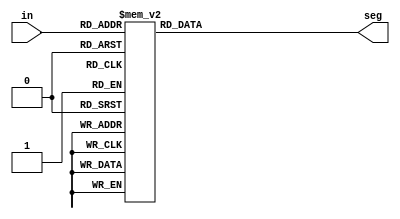
`timescale 1ns / 1ps
//////////////////////////////////////////////////////////////////////////////////
// Company: 
// Engineer: 
// 
// Design Name: 
// Module Name: Seven_Segment
// Project Name: 
// Target Devices: 
// Tool Versions: 
// Description: 
// 
// Dependencies: 
// 
// Revision:
// Revision 0.01 - File Created
// Additional Comments:
// 
//////////////////////////////////////////////////////////////////////////////////


module Seven_Segment(
  input [3:0] in,
  output reg [6:0] seg
);
  always @(in) begin
    case (in)
     4'b0000: seg = 7'b0000001; // 0
    4'b0001: seg = 7'b1001111; // 1
    4'b0010: seg = 7'b0010010; // 2
    4'b0011: seg = 7'b0000110; // 3
    4'b0100: seg = 7'b1001100; // 4
    4'b0101: seg = 7'b0100100; // 5
    4'b0110: seg = 7'b0100000; // 6
     4'b0111: seg = 7'b0001111; // 7
    4'b1000: seg = 7'b0000000; // 8
    4'b1001: seg = 7'b0000100; // 9
    4'b1010: seg = 7'b0001000; // A
    4'b1011: seg = 7'b1100000; // B
    4'b1100: seg = 7'b0110001; // C
    4'b1101: seg = 7'b1000010; // D
    4'b1110: seg = 7'b0110000; // E
     default: seg = 7'b1111111; // Display nothing for other inputs
    endcase
  end
endmodule